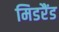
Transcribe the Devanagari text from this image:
मिडरैंड